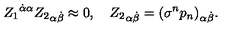
{ Z _ { 1 } } ^ { \dot { \alpha } \alpha } { Z _ { 2 } } _ { \alpha \dot { \beta } } \approx 0 , \quad { Z _ { 2 } } _ { \alpha \dot { \beta } } = { ( \sigma ^ { n } p _ { n } ) } _ { \alpha \dot { \beta } } .